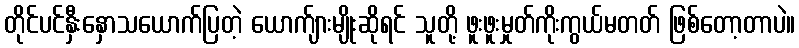
တိုင်ပင်နှီးနှောသယောက်ပြတဲ့ ယောက်ျားမျိုးဆိုရင် သူတို့ ဖူးဖူးမှုတ်ကိုးကွယ်မတတ် ဖြစ်တော့တာပဲ။